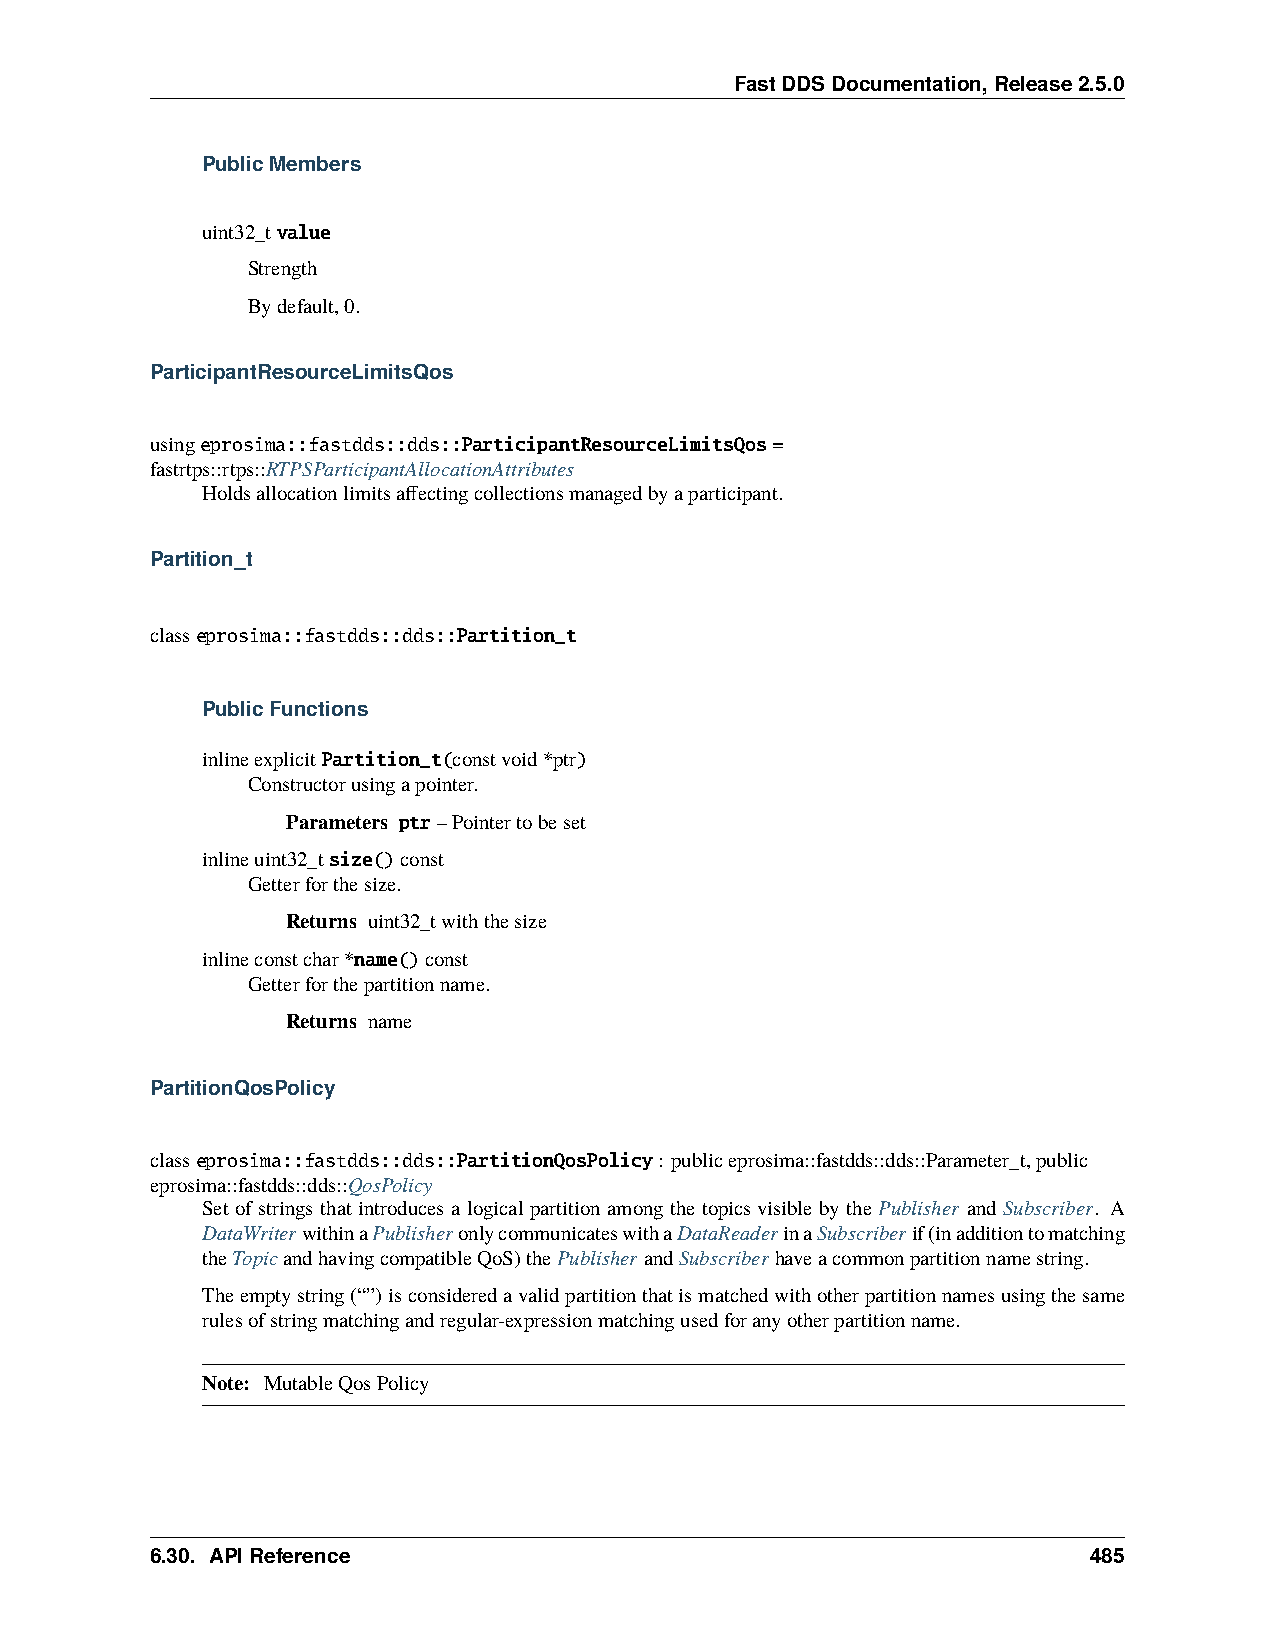
FastDDSDocumentation,Release2.5.0
 PublicMembers
 uint32_tvalue
 Strength
 Bydefault,0.
 ParticipantResourceLimitsQos
 usingeprosima::fastdds::dds::ParticipantResourceLimitsQos=
 fastrtps::rtps::RTPSParticipantAllocationAttributes
 Holdsallocationlimitsaffectingcollectionsmanagedbyaparticipant.
 Partition_t
 classeprosima::fastdds::dds::Partition_t
 PublicFunctions
 inlineexplicitPartition_t(constvoid*ptr)
 Constructorusingapointer.
 Parameters ptr–Pointertobeset
 inlineuint32_tsize()const
 Getterforthesize.
 Returns uint32_twiththesize
 inlineconstchar*name()const
 Getterforthepartitionname.
 Returns name
 PartitionQosPolicy
 classeprosima::fastdds::dds::PartitionQosPolicy: publiceprosima::fastdds::dds::Parameter_t,public
 eprosima::fastdds::dds::QosPolicy
 Set of strings that introduces a logical partition among the topics visible by the Publisher and Subscriber. A
 DataWriterwithinaPublisheronlycommunicateswithaDataReaderinaSubscriberif(inadditiontomatching
 theTopicandhavingcompatibleQoS)thePublisherandSubscriberhaveacommonpartitionnamestring.
 Theemptystring(“”)isconsideredavalidpartitionthatismatchedwithotherpartitionnamesusingthesame
 rulesofstringmatchingandregular-expressionmatchingusedforanyotherpartitionname.
 Note: MutableQosPolicy
 6.30. APIReference                                            485